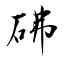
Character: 砩